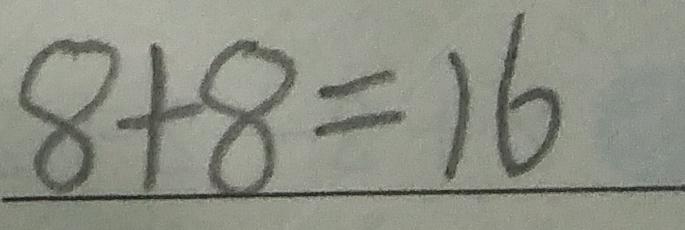
8 + 8 = 1 6